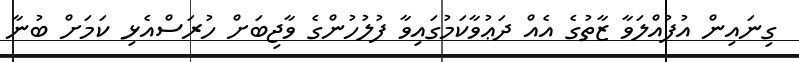
ގިނައިން އުފުއްލަވާ ޒާތުގެ އެއް ދަޢުވާކަމުގައިވާ ފުލުހުންގެ ވާޖިބަށް ހުރަސްއެޅި ކަމަށް ބުނާ